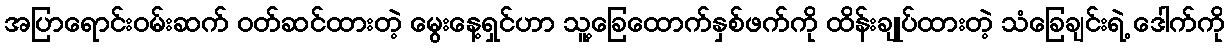
အပြာရောင်းဝမ်းဆက် ဝတ်ဆင်ထားတဲ့ မွေးနေ့ရှင်ဟာ သူ့ခြေထောက်နှစ်ဖက်ကို ထိန်းချုပ်ထားတဲ့ သံခြေချင်းရဲ့ ဒေါက်ကို